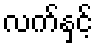
လက်နှင့်